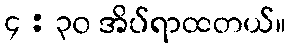
၄ : ၃၀ အိပ်ရာထတယ်။